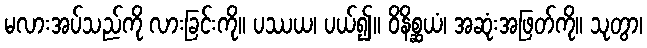
မလားအပ်သည်ကို လားခြင်းကို။ ပဿယ၊ ပယ်၍။ ဝိနိစ္ဆယံ၊ အဆုံးအဖြတ်ကို။ သုတွာ၊